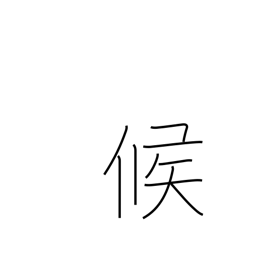
Meaning: weather